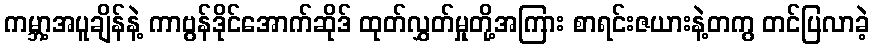
ကမ္ဘာ့အပူချိန်နဲ့ ကာဗွန်ဒိုင်အောက်ဆိုဒ် ထုတ်လွှတ်မှုတို့အကြား စာရင်းဇယားနဲ့တကွ တင်ပြလာခဲ့